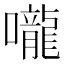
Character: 嚨